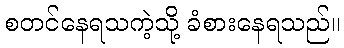
စတင်နေရသကဲ့သို့ ခံစားနေရသည်။